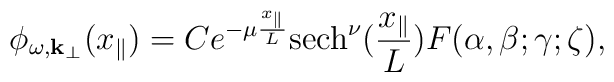
\phi_{\omega, {\bf k}_{\perp}} (x_{\parallel}) = C e^{- \mu\frac{x_{\parallel}}{L}} {\rm sech}^{\nu}(\frac{x_{\parallel}}{L}) F (\alpha, \beta; \gamma; \zeta),